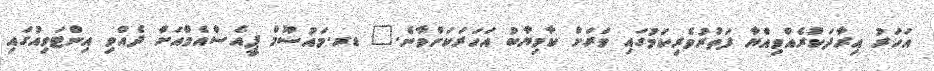
އަހަރު އިރާދަކުރެއްވިއްޔާ ފަތުރުވެރިކަމުގައި ވަރަށް ކާމިޔާބު އަހަރަކަށްވާނެ." ޑރ.މައުސޫމް ޕީއެސްއެމްއަށް ދެއްވި އިންޓަވިއުގައި